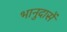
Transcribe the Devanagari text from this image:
भानुदासें